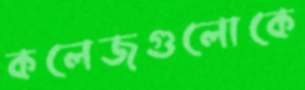
কলেজগুলোকে